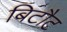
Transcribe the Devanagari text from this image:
बिटौट